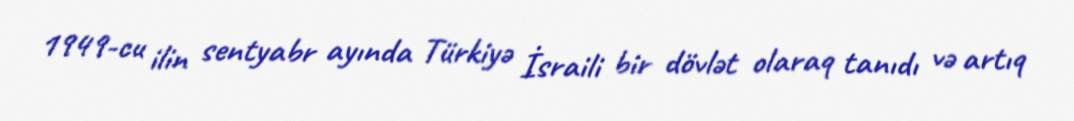
1949-cu ilin sentyabr ayında Türkiyə İsraili bir dövlət olaraq tanıdı və artıq